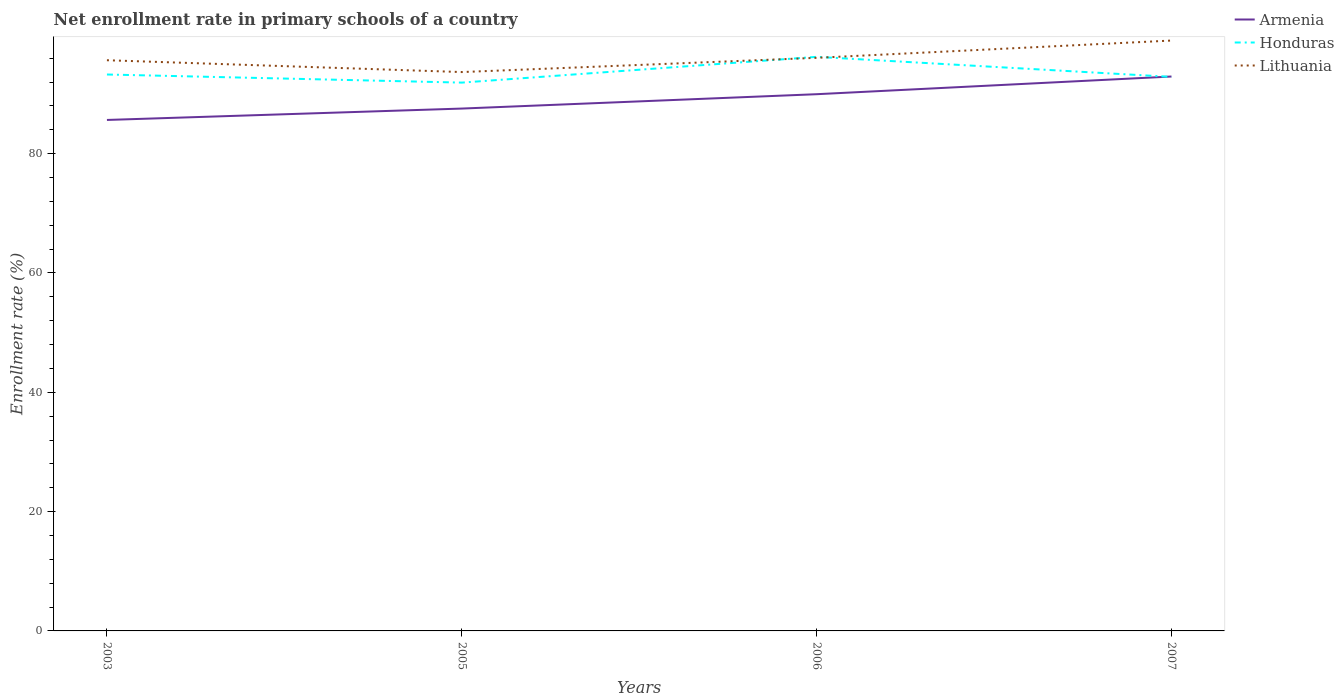
| Years | Armenia | Honduras | Lithuania |
 | --- | --- | --- | --- |
 | 2003 | 85.7 | 93.3 | 95.7 |
 | 2005 | 87.6 | 91.9 | 93.7 |
 | 2006 | 90 | 96.2 | 96.1 |
 | 2007 | 92.9 | 92.9 | 99 |